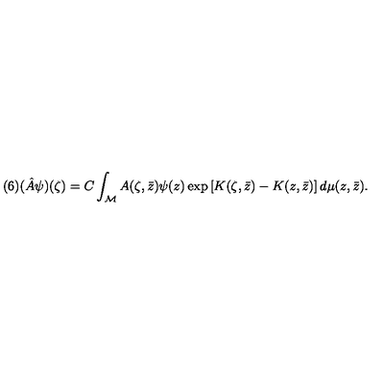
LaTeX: ( 6 ) ( \hat { A } \psi ) ( \zeta ) = C \int _ { \cal M } A ( \zeta , \bar { z } ) \psi ( z ) \exp \left[ K ( \zeta , \bar { z } ) - K ( z , \bar { z } ) \right] d \mu ( z , \bar { z } ) .